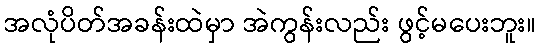
အလုံပိတ်အခန်းထဲမှာ အဲကွန်းလည်း ဖွင့်မပေးဘူး။